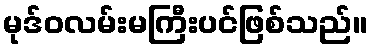
မုဒ်ဝလမ်းမကြီးပင်ဖြစ်သည်။